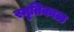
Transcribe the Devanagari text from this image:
स्मृतिकाळ